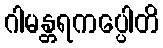
ဂါမန္တရကပ္ပေါတိ